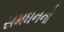
સમઘનનો